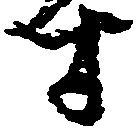
す